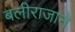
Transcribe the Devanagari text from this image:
बलीराजाने